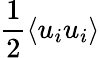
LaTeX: \frac{1}{2}\langle u_{i}u_{i}\rangle